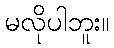
မလိုပါဘူး။